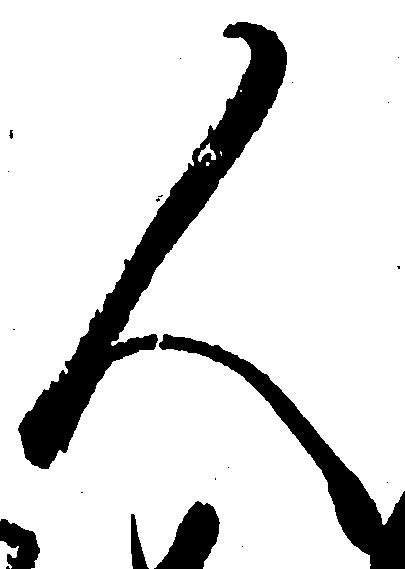
人